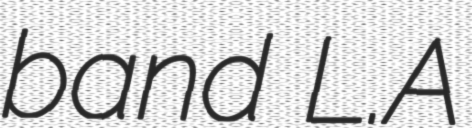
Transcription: band L.A